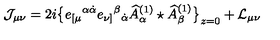
\mathcal { J } _ { \mu \nu } = 2 i \big \{ e _ { [ \mu } { } ^ { \alpha \dot { \alpha } } e _ { \nu ] } { } ^ { \beta } { } _ { \dot { \alpha } } \widehat A _ { \alpha } ^ { ( 1 ) } \star \widehat A _ { \beta } ^ { ( 1 ) } \big \} _ { z = 0 } + \mathcal { L } _ { \mu \nu }